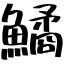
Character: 鱊